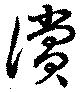
償